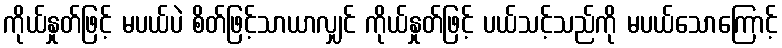
ကိုယ်နှုတ်ဖြင့် မပယ်ပဲ စိတ်ဖြင့်သာယာလျှင် ကိုယ်နှုတ်ဖြင့် ပယ်သင့်သည်ကို မပယ်သောကြောင့်